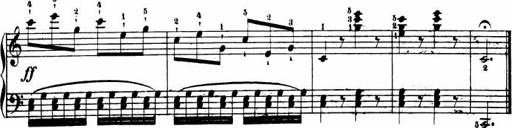
Title: Le bouquetier
Composer: Anton Diabelli
Key: G major
 C major
 F major
 C major